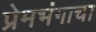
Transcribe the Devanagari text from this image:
प्रेमभंगाचा